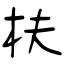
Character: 枎